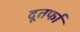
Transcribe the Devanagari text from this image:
दूतर्फा